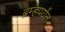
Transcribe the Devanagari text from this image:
ब्रम्हपर्यंत